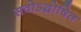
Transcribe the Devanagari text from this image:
सवोऽद्घोषित